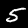
Digit: 5